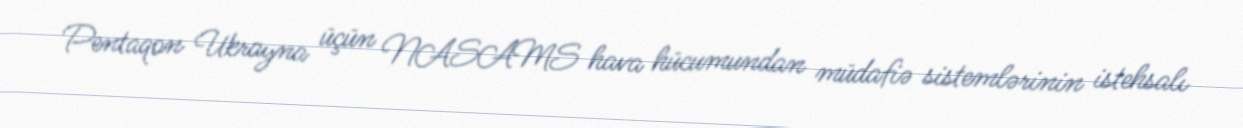
Pentaqon Ukrayna üçün NASAMS hava hücumundan müdafiə sistemlərinin istehsalı